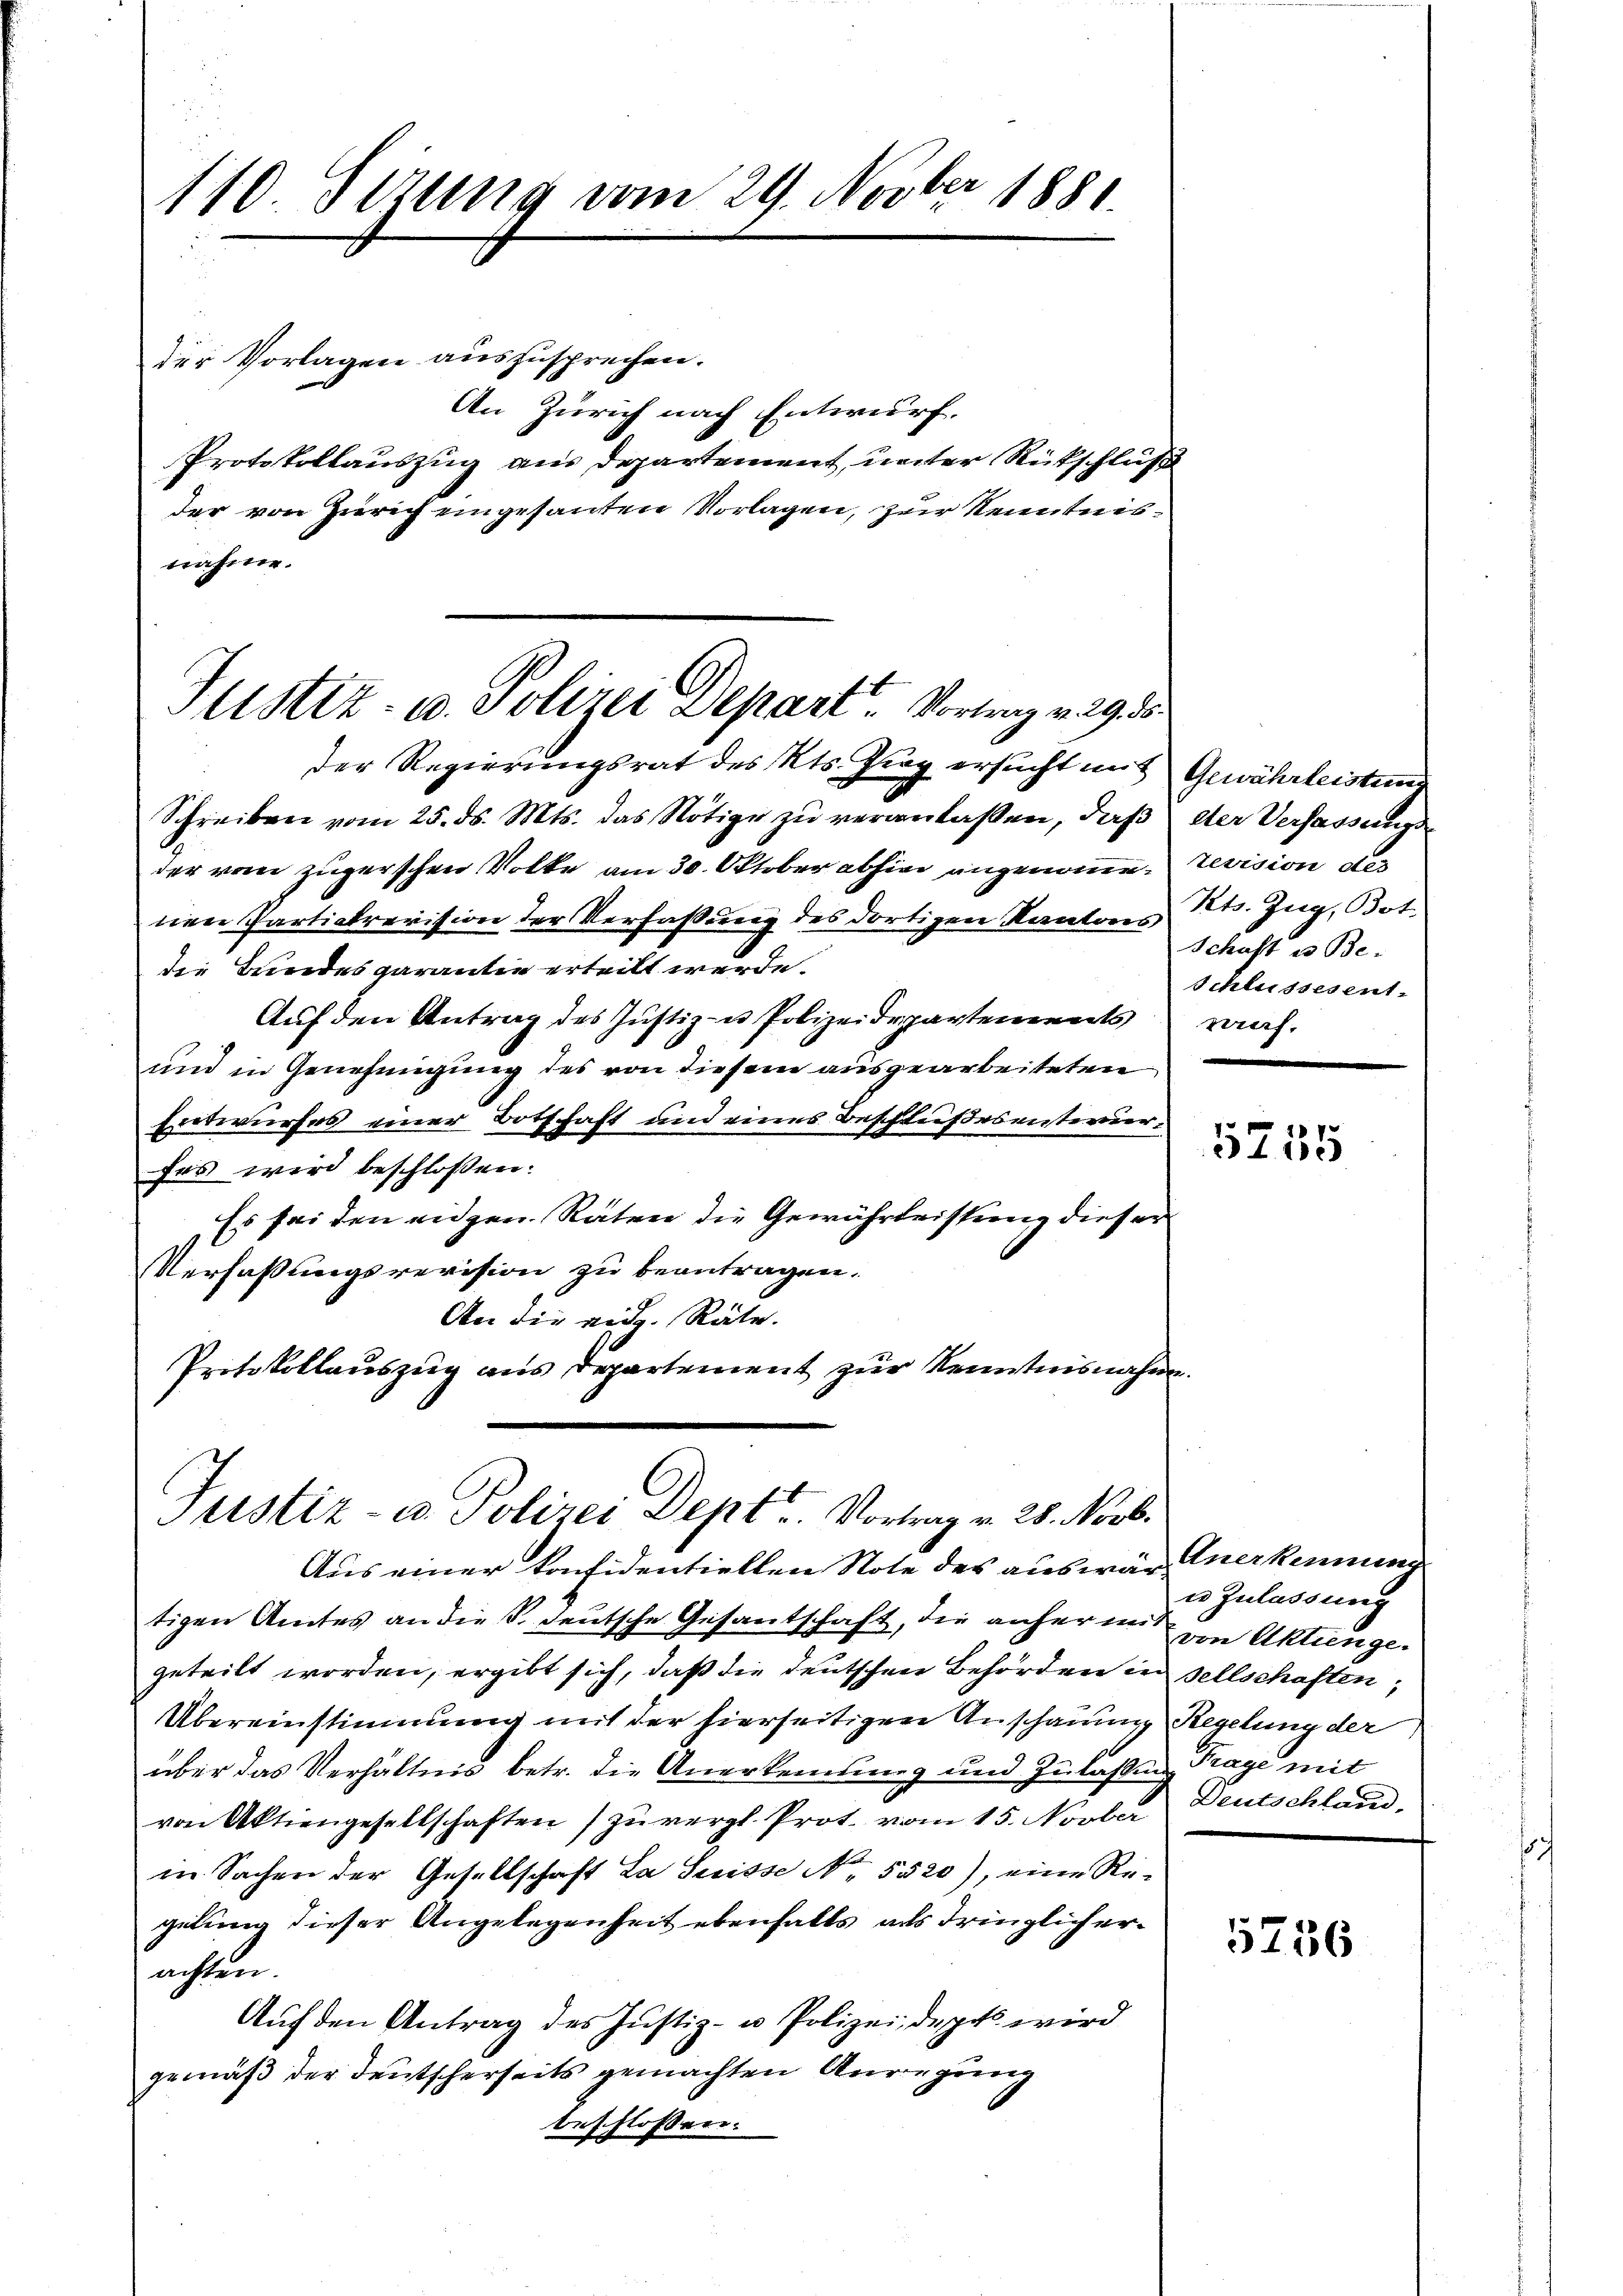
110 Sezung vom 29. Novber 1881.

der Vorlagen auszusprechen.
An Zürich nach Entwurf.
Protokollauszug aus Departement, unter Rückschluß
der von Zürich eingesandten Vorlagen, zur Kenntnisnahme.

Justiz- u. Polizei Depart. Vortrag v. 29. ds.

Justiz- u Polizei Dept. Vortrag v. 28. Novb.

der Regierungsrat des Kts. Prag ersucht mit Gewährleistung
Schreiben vom 25. ds. Mts. das Nötige zu veranlaßen, daß der Verfassungs-
der vom zugerschen Volke am 30. Oktober abhin angenommen revision de
nen Partialrevision der Verfaßung des dortigen Kantons
die Bundes garantie erteilt werde.
Auf den Antrag des Justiz- u Polizeidepartements
und in Genehmigung des von diesem ausgearbeiteten
Entwurfes einer Botschaft und eines Beschlußesenternerfes wird beschlossen:
Es sei den eidgen. Raten die Gewährleistung dieser
2
Verfassungsrevision zu beantragen.
An die eid. Räte.
Protokollauszug aus Departement zur Kenntnisnah¬

Aus einer konfidentiellen Note des auswär, Anerkennung
tigen Amtes an die S. deutsche Gesantschaft, die anherm von Aktienge-
geteilt worden, ergibt sich, daß die deutschen Behörden in sellschaften,
Übereinstimmung mit der hierseitigen Anschauung Regelung der
über das Verhältnis betr. die Anerkennung und Zulaßung Trage mit
von Aktiengesellschaften) zu vergl. Prot. vom 15. Novber
in Sachen der Gesellschaft La Suisse No. 5520), eine Regelung dieser Angelegenheit ebenfalls als dringlich erachten.
Auf den Antrag des Justiz- u Polizeidepts wird
gemäß der Deutscherseits gemachten Anregung
beschlossen.

Kts. Zug, Bot.
Schaft es Be-
Schlussesent.
rauf.

5758

u Zulassung
Deutschland.

5736